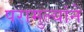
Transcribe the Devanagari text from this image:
परामुल्यांने